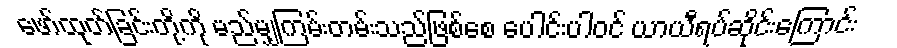
ဖော်ထုတ်ခြင်းတို့ကို မည်မျှကြမ်းတမ်းသည်ဖြစ်စေ ပေါင်းပါဝင် ယာယီရပ်ဆိုင်းကြောင်း